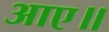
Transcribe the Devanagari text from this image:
आए॥